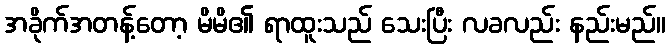
အခိုက်အတန့်တော့ မိမိ၏ ရာထူးသည် သေးပြီး လခလည်း နည်းမည်။